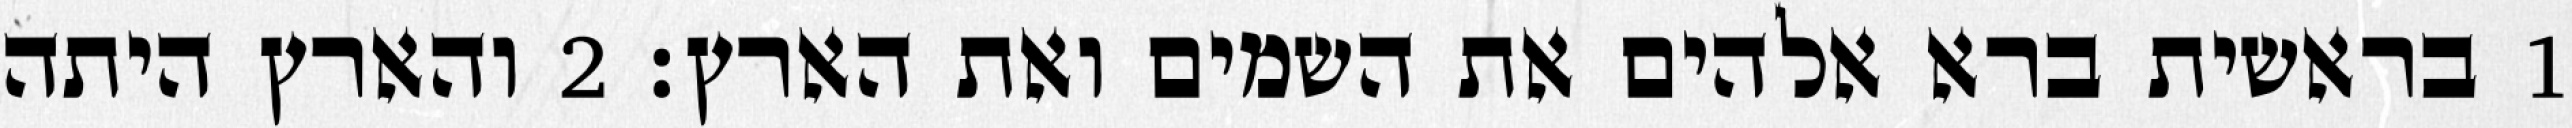
1 בראשית ברא אלהים את השמים ואת הארץ׃ ‎2‏ והארץ היתה